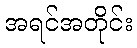
အရင်အတိုင်း